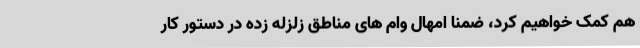
هم کمک خواهیم کرد، ضمناً امهال وام های مناطق زلزله زده در دستور کار